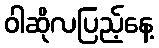
ဝါဆိုလပြည့်နေ့